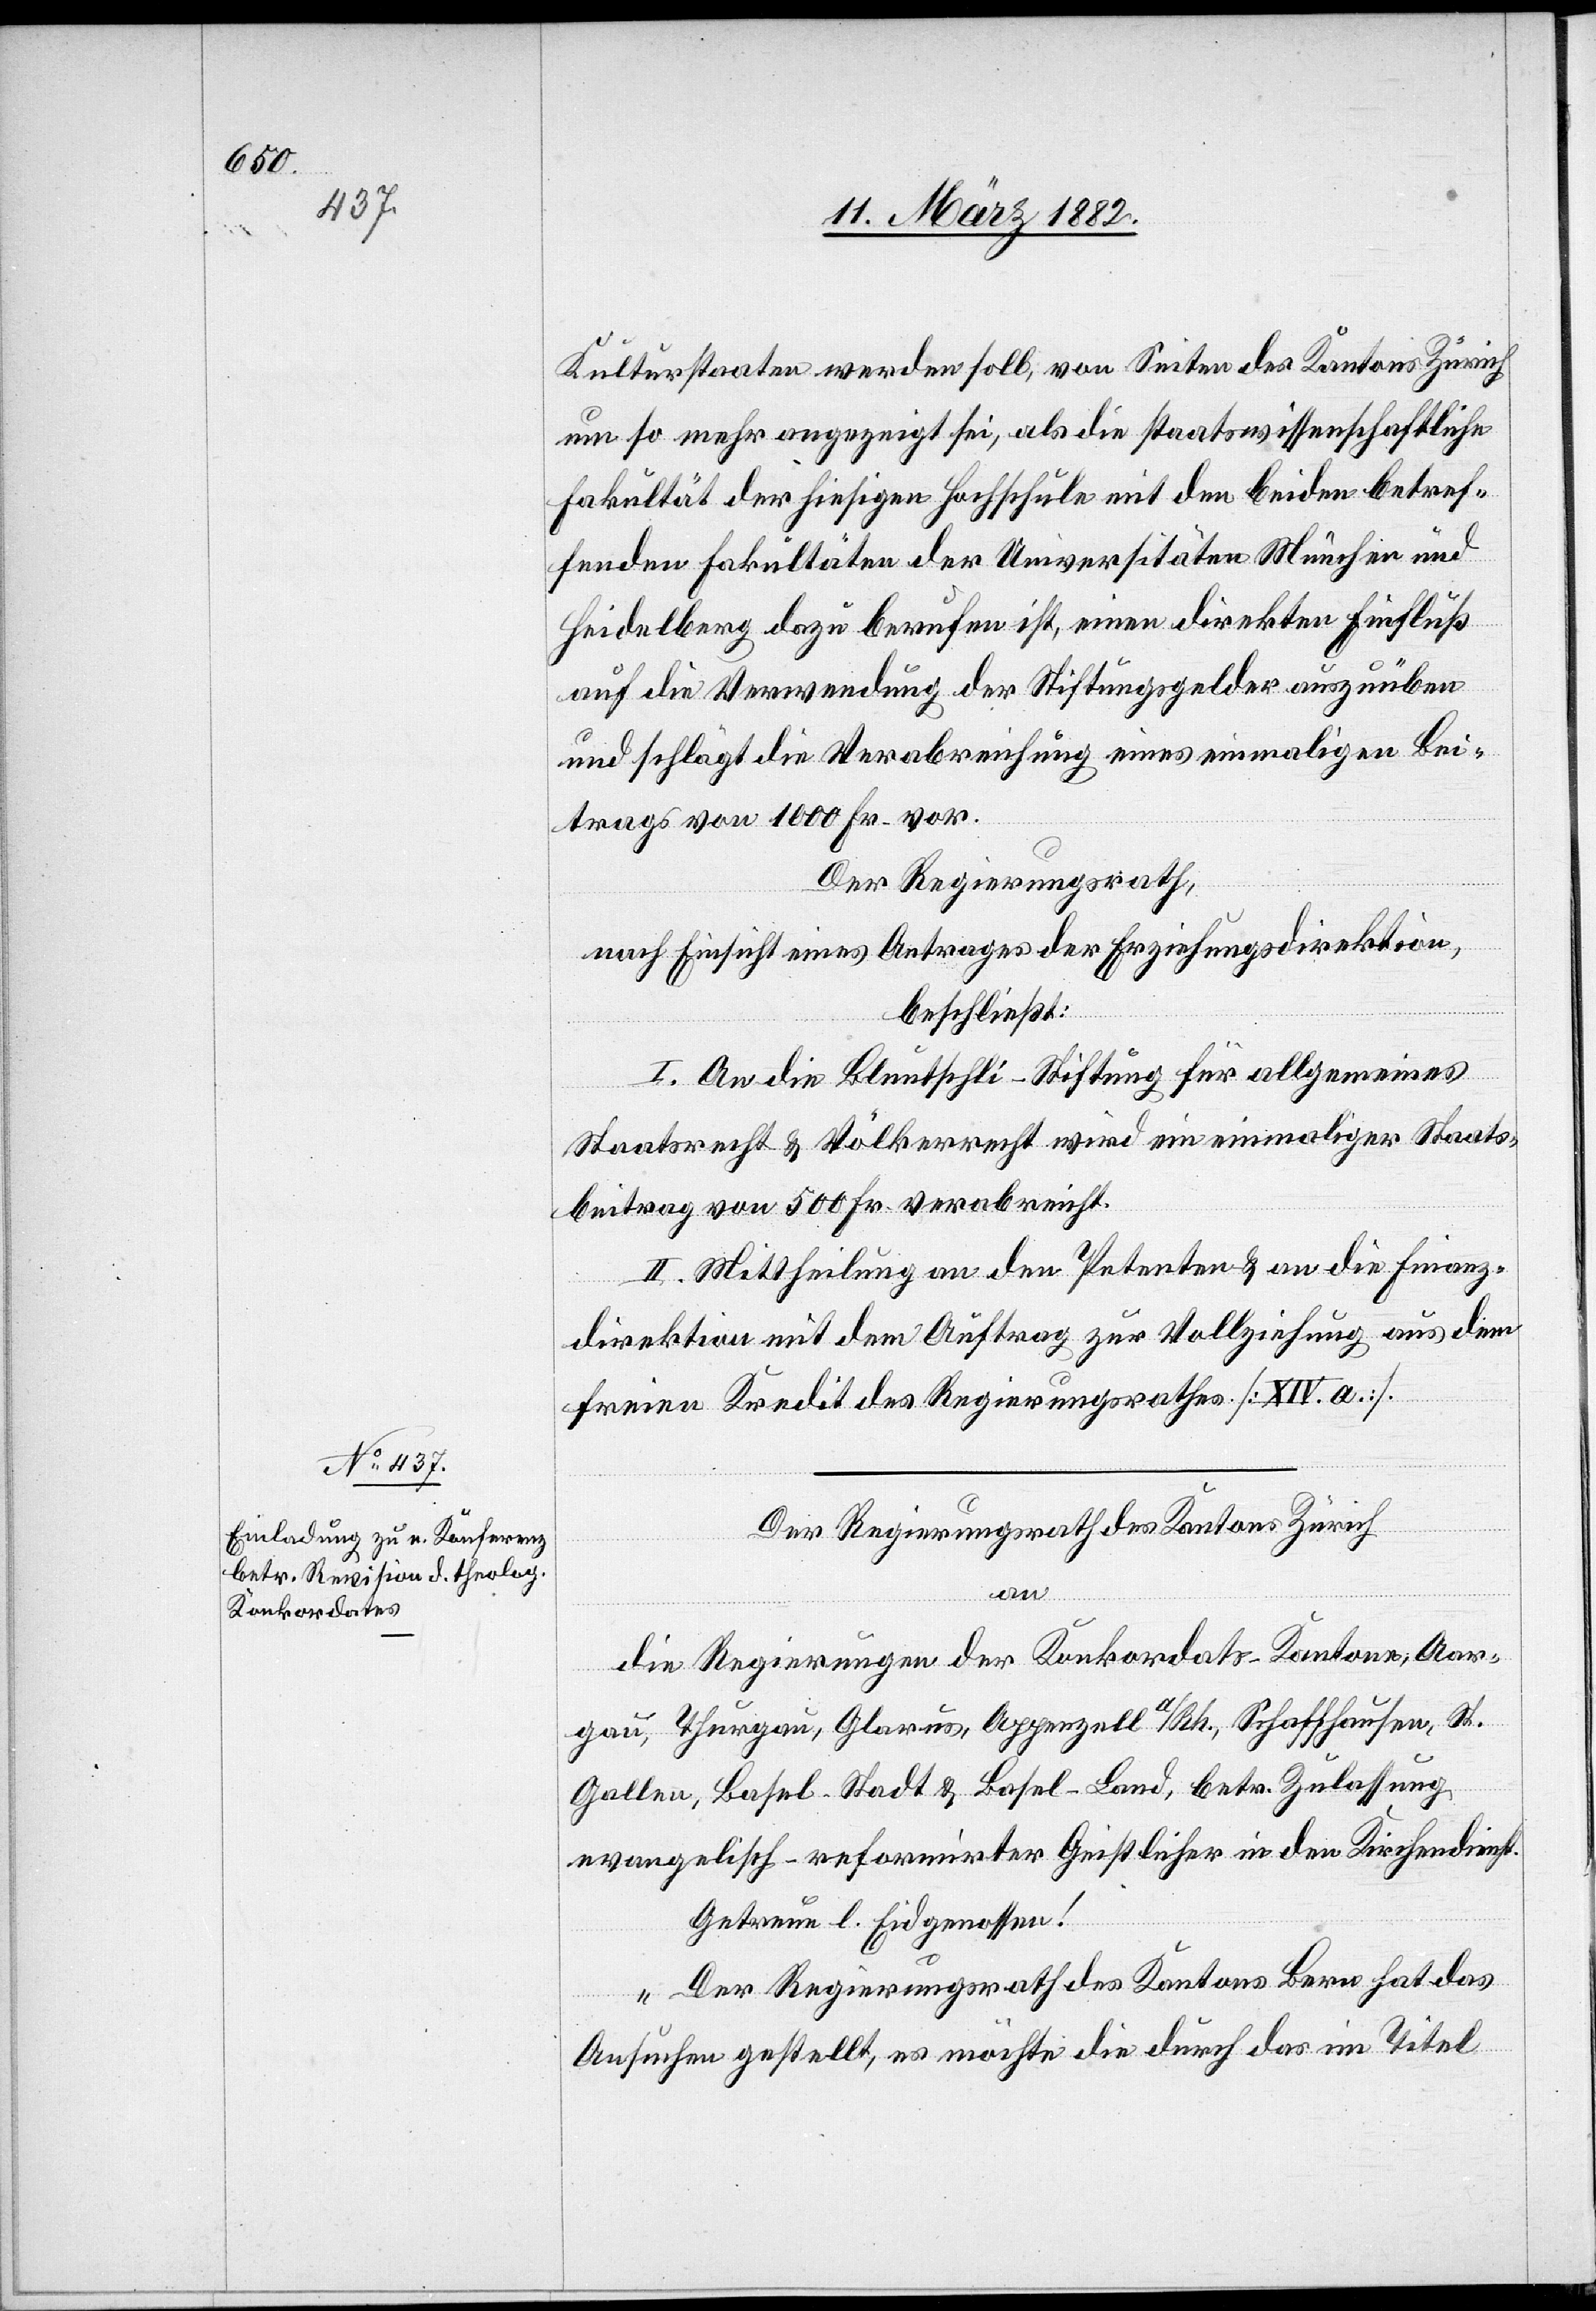
Kulturstaaten werden soll, von Seiten des Kantons Zürich
um so mehr angezeigt sei, als die staatswissenschaftliche
Fakultät der hiesigen Hochschule mit den beiden betref¬
fenden Fakultäten der Universitäten München und
Heidelberg dazu berufen ist, einen direkten Einfluß
auf die Verwendung der Stiftungsgelder auszuüben
und schlägt die Verabreichung eines einmaligen Bei¬
trages von 1000 Fr. vor.
Der Regierungsrath,
nach Einsicht eines Antrages der Erziehungsdirektion,
beschließt:
I. An die Blunschtli-Stiftung für allgemeines
Staatsrecht & Völkerrecht wird ein einmaliger Staats¬
beitrag von 500 Fr. verabreicht.
II. Mittheilung an den Petenten & an die Finanz¬
direktion mit dem Auftrag zur Vollziehung aus dem
freien Kredit des Regierungsrathes [XIV. a.].
Der Regierungsrath des Kantons Zürich
an
die Regierung der Konkordats-Kantone, Aar¬
gau, Thurgau, Glarus, Appenzell a/Rh., Schaffhausen, St.
Gallen, Basel-Stadt & Basel-Land, betr. Zulassung
evangelisch-reformierter Geistlicher in den Kirchendienst.
Getreue l. Eidgenossen!
„Der Regierungsrath des Kantons Bern hat das
Ansuchen gestellt, es möchte die durch das im Titel